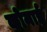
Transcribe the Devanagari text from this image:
कोमाई